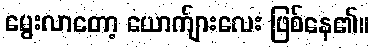
မွေးလာတော့ ယောက်ျားလေး ဖြစ်နေ၏။